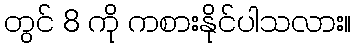
တွင် 8 ကို ကစားနိုင်ပါသလား။